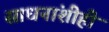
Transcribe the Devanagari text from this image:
साधनांशीही